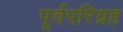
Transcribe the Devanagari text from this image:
पूर्वपरिग्रह